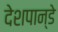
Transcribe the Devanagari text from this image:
देशपान्डे